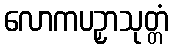
လောကပဉှာသုတ္တံ